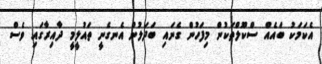
އެކަމަކު ބައެއް ސްކޫލްތަކުން މިފަހުން ގެނައި ބަދަލުން އެނގެނީ ތައުލީމީ ދާއިރާގައި ވެސް